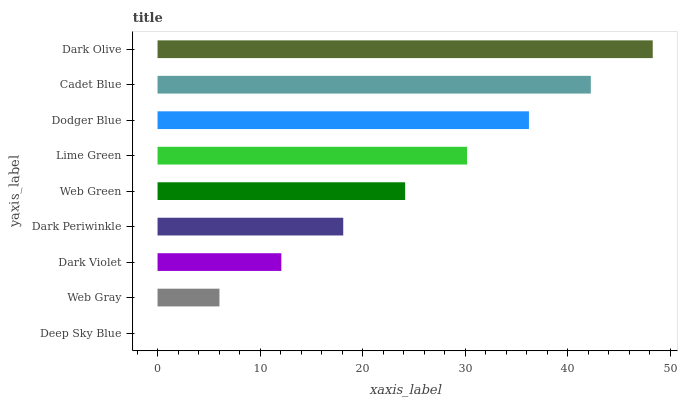
| yaxis_label | bars |
 | --- | --- |
 | Deep Sky Blue | 0 |
 | Web Gray | 6.04 |
 | Dark Violet | 12.1 |
 | Dark Periwinkle | 18.1 |
 | Web Green | 24.1 |
 | Lime Green | 30.2 |
 | Dodger Blue | 36.2 |
 | Cadet Blue | 42.3 |
 | Dark Olive | 48.3 |